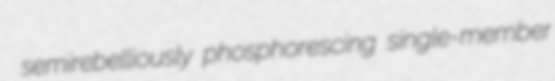
semirebelliously phosphorescing single-member